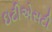
ઇટીએસટી